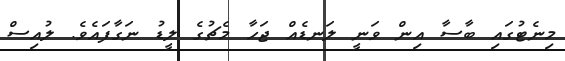
މިނެޓުގައި ބާސާ އިން ވަނީ ލަނޑެއް ޖަހާ މެޗުގެ ލީޑު ނަގާފައެވެ. ލުއިސް